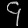
Digit: ၄